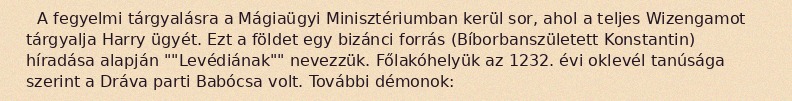
A fegyelmi tárgyalásra a Mágiaügyi Minisztériumban kerül sor, ahol a teljes Wizengamot tárgyalja Harry ügyét. Ezt a földet egy bizánci forrás (Bíborbanszületett Konstantin) híradása alapján ""Levédiának"" nevezzük. Főlakóhelyük az 1232. évi oklevél tanúsága szerint a Dráva parti Babócsa volt. További démonok: